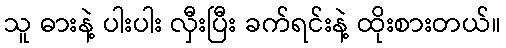
သူ ဓားနဲ့ ပါးပါး လှီးပြီး ခက်ရင်းနဲ့ ထိုးစားတယ်။